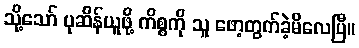
သို့သော် ပုဆိန်ယူဖို့ ကိစ္စကို သူ ဖော့တွက်ခဲ့မိလေပြီ။